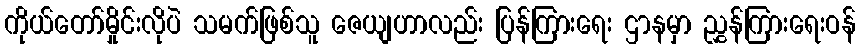
ကိုယ်တော်မှိုင်းလိုပဲ သမက်ဖြစ်သူ ဇေယျဟာလည်း ပြန်ကြားရေး ဌာနမှာ ညွှန်ကြားရေးဝန်